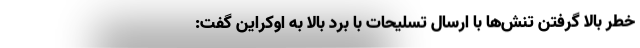
خطر بالا گرفتن تنش‌ها با ارسال تسلیحات با برد بالا به اوکراین گفت: